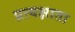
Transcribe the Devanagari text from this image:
प्रत्यक्षाता